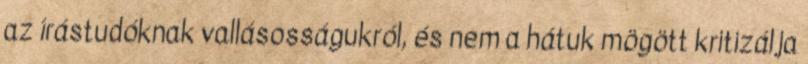
az írástudóknak vallásosságukról, és nem a hátuk mögött kritizálja